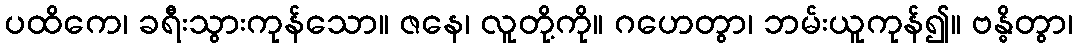
ပထိကေ၊ ခရီးသွားကုန်သော။ ဇနေ၊ လူတို့ကို။ ဂဟေတွာ၊ ဘမ်းယူကုန်၍။ ဗန္ဓိတွာ၊